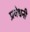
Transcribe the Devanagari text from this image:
प्रवेधनी